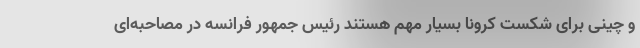
و چینی برای شکست کرونا بسیار مهم هستند رئیس جمهور فرانسه در مصاحبه‌ای